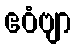
ဧဝံဗျာ